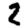
Digit: 2